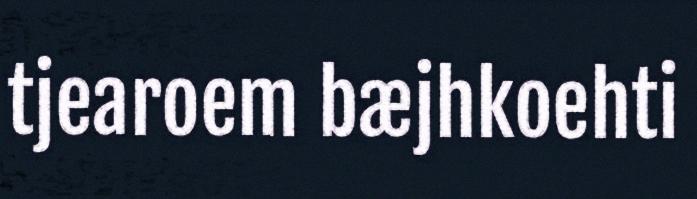
tjearoem bæjhkoehti